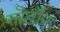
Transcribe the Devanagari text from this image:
नॉर्डॉफ़